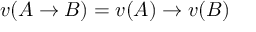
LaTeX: v ( A \to B ) = v ( A ) \to v ( B )